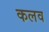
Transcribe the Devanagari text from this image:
कलव